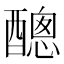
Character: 𨢨